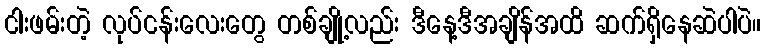
ငါးဖမ်းတဲ့ လုပ်ငန်းလေးတွေ တစ်ချို့လည်း ဒီနေ့ဒီအချိန်အထိ ဆက်ရှိနေဆဲပါပဲ။